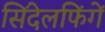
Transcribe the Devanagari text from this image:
सिंदेलफिंगें